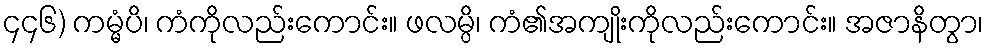
၄၄၆) ကမ္မံပိ၊ ကံကိုလည်းကောင်း။ ဖလမ္ပိ၊ ကံ၏အကျိုးကိုလည်းကောင်း။ အဇာနိတွာ၊